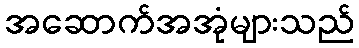
အဆောက်အအုံများသည်